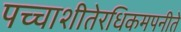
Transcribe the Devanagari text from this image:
पच्चाशीतेरधिकमपनीते